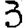
Digit: 3